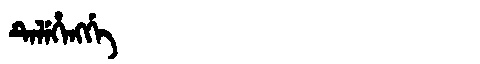
Manchu: ᡨᡝᠯᡝᡥᡝᠩᡤᡝ
Romanization: TELEHENGGE